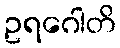
ဥရဂေါတိ